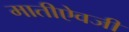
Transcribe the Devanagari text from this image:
मातीऐवजी